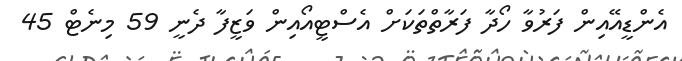
އެންޑީއޭއިން ފަރުވާ ހޯދާ ފަރާތްތަކަށް އެސްޓީއޯއިން ވަޒީފާ ދެނީ 59 މިނެޓް 45